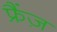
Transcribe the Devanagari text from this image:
फ्रैंज़